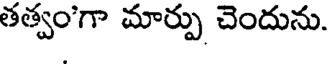
తత్వంగా మార్పు చెందును.